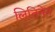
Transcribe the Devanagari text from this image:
लितिनेन